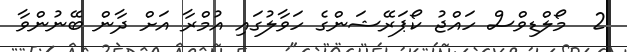
2  މޯލްޑިވްސް ހައްޖު ކޯޕަރޭޝަންގެ ހަވާލުގައި އުމްރާ އަށް ދާން ބޭނުންވާ